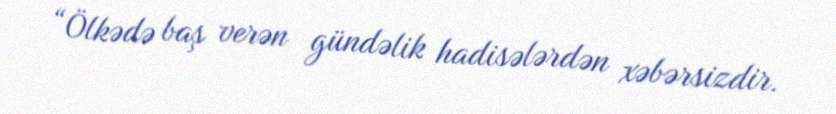
“Ölkədə baş verən gündəlik hadisələrdən xəbərsizdir.